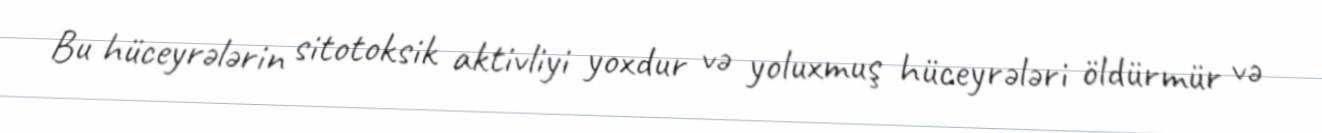
Bu hüceyrələrin sitotoksik aktivliyi yoxdur və yoluxmuş hüceyrələri öldürmür və